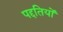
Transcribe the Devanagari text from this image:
पद्दतियों